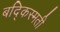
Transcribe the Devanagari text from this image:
बद्किस्मती